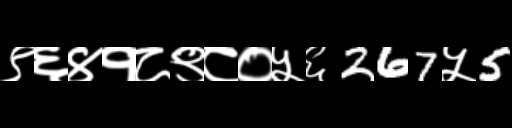
Text: ९६४१८९८०५६267५5